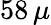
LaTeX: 58\, \mu